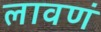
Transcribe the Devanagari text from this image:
लावणं